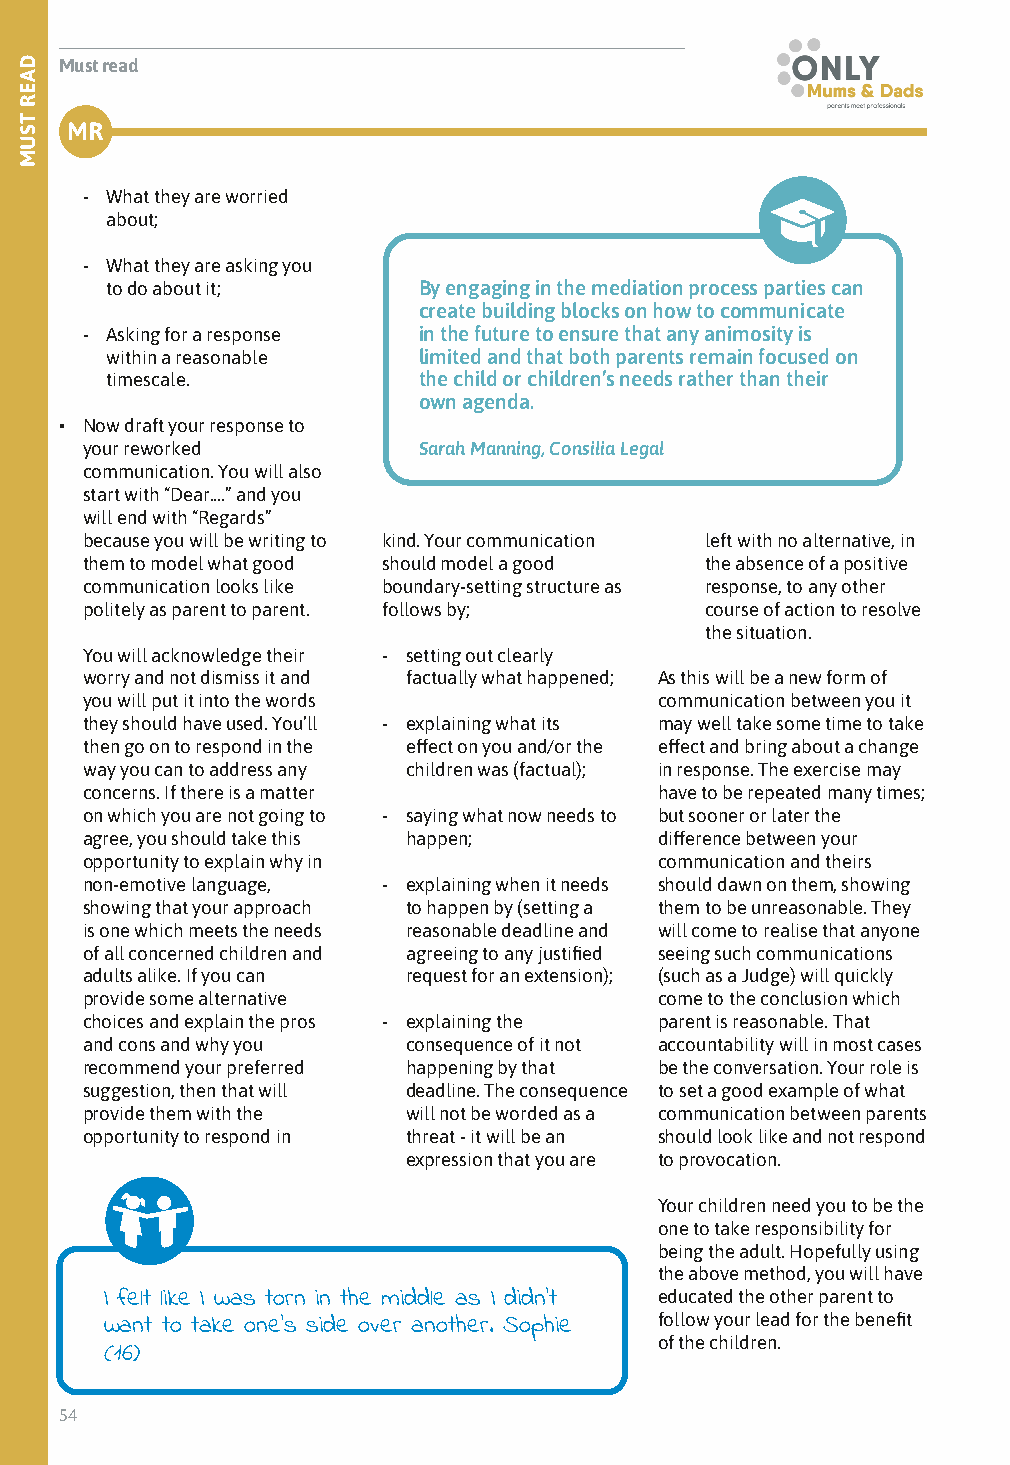
Must read
 MR
 - What they are worried
 about;
 - What they are asking you
 to do about it;      By engaging in the mediation process parties can
 create building blocks on how to communicate
 - Asking for a response in the future to ensure that any animosity is
 within a reasonable  limited and that both parents remain focused on
 timescale.           the child or children’s needs rather than their
 own agenda.
 • Now draft your response to
 your reworked          Sarah Manning, Consilia Legal
 communication. You will also
 start with “Dear....” and you
 will end with “Regards”
 because you will be writing to kind. Your communication left with no alternative, in
 them to model what good should model a good the absence of a positive
 communication looks like boundary-setting structure as response, to any other
 politely as parent to parent. follows by; course of action to resolve
 the situation.
 You will acknowledge their - setting out clearly
 worry and not dismiss it and factually what happened; As this will be a new form of
 you will put it into the words         communication between you it
 they should have used. You’ll - explaining what its may well take some time to take
 then go on to respond in the effect on you and/or the effect and bring about a change
 way you can to address any children was (factual); in response. The exercise may
 concerns. If there is a matter         have to be repeated many times;
 on which you are not going to - saying what now needs to but sooner or later the
 agree, you should take this happen;    difference between your
 opportunity to explain why in          communication and theirs
 non-emotive language, - explaining when it needs should dawn on them, showing
 showing that your approach to happen by (setting a them to be unreasonable. They
 is one which meets the needs reasonable deadline and will come to realise that anyone
 of all concerned children and agreeing to any justified seeing such communications
 adults alike. If you can request for an extension); (such as a Judge) will quickly
 provide some alternative               come to the conclusion which
 choices and explain the pros - explaining the parent is reasonable. That
 and cons and why you  consequence of it not accountability will in most cases
 recommend your preferred happening by that be the conversation. Your role is
 suggestion, then that will deadline. The consequence to set a good example of what
 provide them with the will not be worded as a communication between parents
 opportunity to respond in threat - it will be an should look like and not respond
 expression that you are to provocation.
 Your children need you to be the
 one to take responsibility for
 being the adult. Hopefully using
 the above method, you will have
 I felt like I was torn in the middle as I didn’t educated the other parent to
 follow your lead for the benefit
 want to take one’s side over another. Sophie
 of the children.
 (16)
 54
 DAER
 TSUM